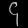
Digit: ၄